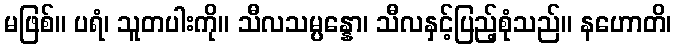
မဖြစ်။ ပရံ၊ သူတပါးကို။ သီလသမ္ပန္နော၊ သီလနှင့်ပြည့်စုံသည်။ နဟောတိ၊